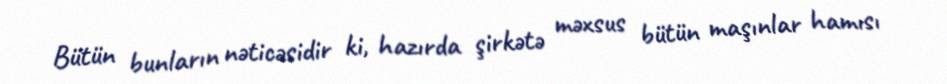
Bütün bunların nəticəsidir ki, hazırda şirkətə məxsus bütün maşınlar hamısı